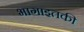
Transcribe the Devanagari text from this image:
भागाइतकी